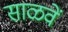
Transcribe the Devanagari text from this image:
साळवें